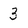
Character: 3